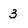
Character: 3